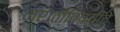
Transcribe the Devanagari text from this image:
मराठीविषयीचे